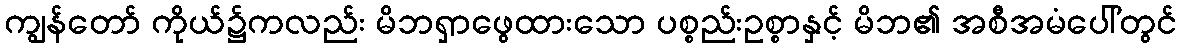
ကျွန်တော် ကိုယ်၌ကလည်း မိဘရှာဖွေထားသော ပစ္စည်းဥစ္စာနှင့် မိဘ၏ အစီအမံပေါ်တွင်